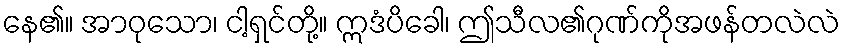
နေ၏။ အာဝုသော၊ ငါ့ရှင်တို့။ ဣဒံပိခေါ၊ ဤသီလ၏ဂုဏ်ကိုအဖန်တလဲလဲ